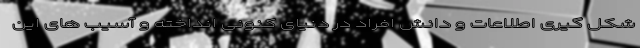
شکل گیری اطلاعات و دانش افراد در دنیای کنونی انداخته و آسیب های این